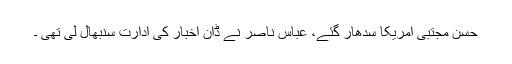
حسن مجتبیٰ امریکا سدھار گئے، عباس ناصر نے ڈان اخبار کی ادارت سنبھال لی تھی ۔